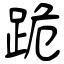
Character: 跪